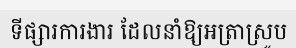
ទីផ្សារការងារ ដែលនាំឱ្យអត្រាស្រូប